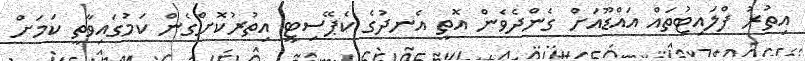
އިތުރު ފްލައިޓުތައް އައްޑޫއަށް ގެންދެވެން އޮތީ އެނދުގެ ކެޕޭސިޓީ އިތުރުކޮށްގެން ކަމުގައިވާތީ ކަމަށް